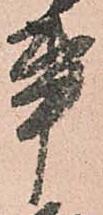
事